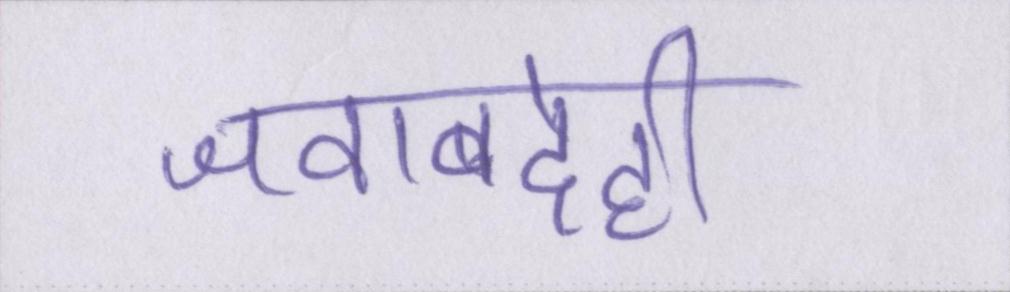
जवाबदेही